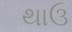
થાઉ